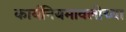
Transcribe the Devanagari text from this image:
कार्यनियमावलीच्या